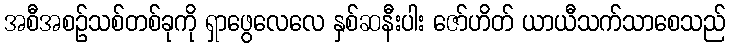
အစီအစဉ်သစ်တစ်ခုကို ရှာဖွေလေလေ နှစ်ဆနီးပါး ဇော်ဟိတ် ယာယီသက်သာစေသည်